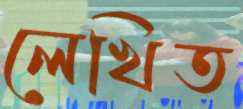
লেখিত